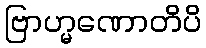
ဗြာဟ္မဏောတိပိ